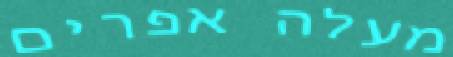
מעלה אפרים